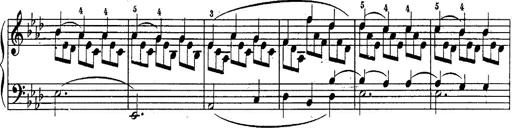
Title: Schubert's Impromptus [revised and edited by Franz Liszt]
Composer: Franz Liszt